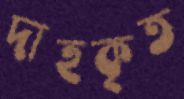
দাহকৃত